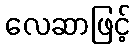
လေဆာဖြင့်